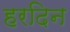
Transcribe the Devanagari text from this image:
हरदिन